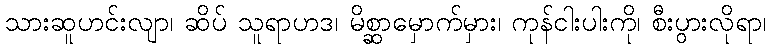
သားဆူဟင်းလျာ၊ ဆိပ် သူရာဟဒ၊ မိစ္ဆာမှောက်မှား၊ ကုန်ငါးပါးကို၊ စီးပွားလိုရာ၊